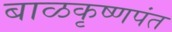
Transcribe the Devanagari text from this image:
बाळकृष्णपंत